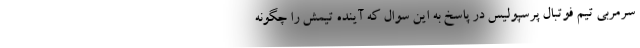
سرمربی تیم فوتبال پرسپولیس در پاسخ به این سوال که آینده تیمش را چگونه